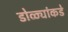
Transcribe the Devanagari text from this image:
डोळ्यांकडे